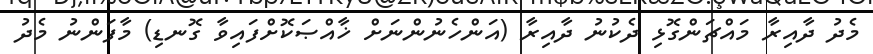
މެދު ދާއިރާ މައްޗަންގޮޅި ދެކުނު ދާއިރާ (އަންހެނުންނަށް ޚާއްޞަކޮށްފައިވާ ގޮނޑި) މާފަންނު މެދު